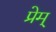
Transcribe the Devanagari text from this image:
प्रेम्